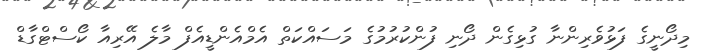
މިދޯނީގެ ފަޅުވެރިންނާ ގުޅިގެން ދޯނި ފުންކުރުމުގެ މަސައްކަތް އެމްއެންޑީއެފް މާލެ އޭރިއާ ކޯސްޓްގާޑް